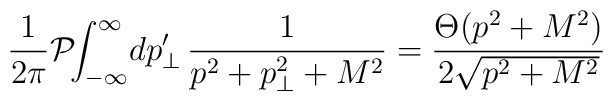
\frac{1}{2\pi}\mathcal{P}\!\!\int_{-\infty}^\infty\! dp'_\perp\,\frac{1}{p^2+p_\perp^2+M^2}=\frac{\Theta(p^2+M^2)}{2\sqrt{p^2+M^2}}